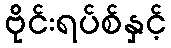
ဗိုင်းရပ်စ်နှင့်